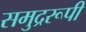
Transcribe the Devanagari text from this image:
समुद्ररूपी